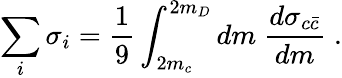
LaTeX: \sum_{i}\sigma_{i}=\frac{1}{9}\int_{2m_{c}}^{2m_{D}}dm~\frac{d\sigma_{c\bar{c}}}{dm}\; .